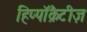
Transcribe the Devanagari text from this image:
हिप्पॉक्रैटीज़